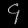
Digit: ၄